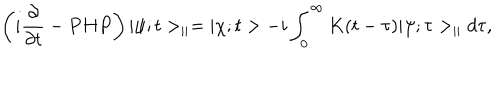
\left( i \frac { \partial } { \partial t } - P H P \right) | \psi ; t > _ { | | } = | \chi ; t > - i \int _ { 0 } ^ { \infty } K ( t - \tau ) | \psi ; \tau > _ { | | } d \tau ,